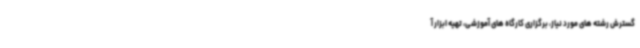
گسترش رشته های مورد نیاز، برگزاری کارگاه های آموزشی، تهیه ابزار آ